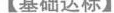
【基础达标】